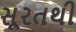
સૂરતથી